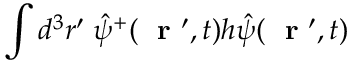
\int d ^ { 3 } r ^ { \prime } \; \hat { \psi } ^ { + } ( \mathrm { ~ \bf ~ r ~ } ^ { \prime } , t ) h \hat { \psi } ( \mathrm { ~ \bf ~ r ~ } ^ { \prime } , t )